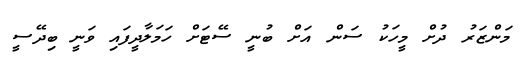
މަންޒަރު ދުށް މީހަކު ސަން އަށް ބުނީ ސޭޓަށް ހަމަލާދީފައި ވަނީ ބިދޭސީ